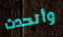
وأتحدث